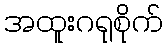
အထူးဂရုစိုက်